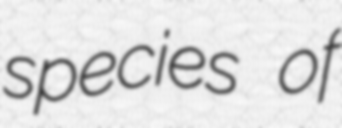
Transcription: species of